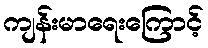
ကျန်းမာရေးကြောင့်